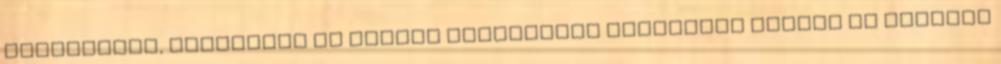
gyermekünk, nyakunkon az iskola Kiegészítő sportként kiváló Az idősebb